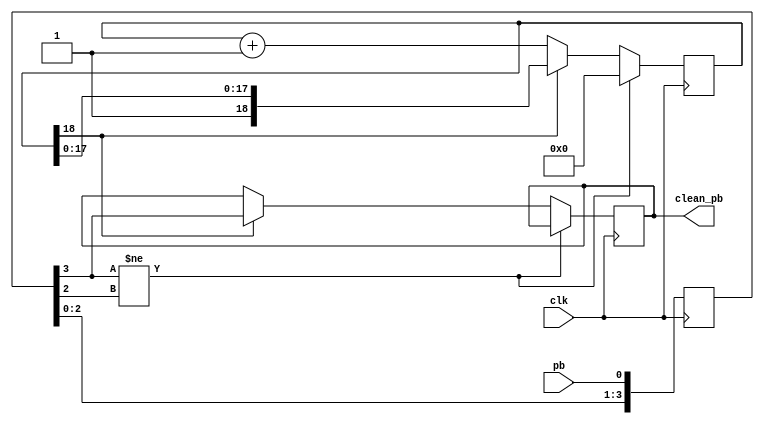
// Push Button debounce routine
// Found on the Internet, author unknown
// used to debounce a switch or push button.
// Input is pb and outout clean_pb.
// Button must be stable for debounce time before state changes,
// debounce time is dependent on clk and counter_bits

// eg with clock = 24MHz and counter_bits = 18 stable time is 

//  (10^-6/24) * 2^18 = 11mS

//  Phil Harman VK6APH 15th February 2006

module debounce(clean_pb, pb, clk);
	
	output clean_pb;
	input pb, clk;
	
parameter counter_bits = 18;

reg [counter_bits:0] count;
reg [3:0] pb_history;
reg clean_pb;

always @ (posedge clk)
begin
	pb_history <= {pb_history[2:0], pb};
	
	if (pb_history[3] != pb_history[2])
		count <= 1'b0;
	else if(count[counter_bits])
		clean_pb <= pb_history[3];
	else
		count <= count + 1'b1;
end 
endmodule